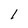
Character: l